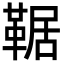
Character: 𩋜